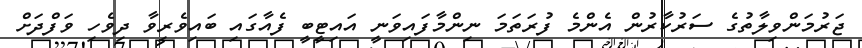
ޖަރުމަންވިލާތުގެ ސަރުކާރުން އެންމެ ފުރަތަމަ ނިންމާފައިވަނީ އައިޓީބީ ފެއާގައި ބައިވެރިވާ ދިވެހި ވަފްދަށް